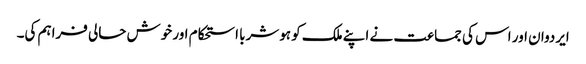
ایردوان اور اس کی جماعت نے اپنے ملک کو ہوشربا استحکام اور خوش حالی فراہم کی۔